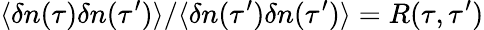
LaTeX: {\langle\delta n(\tau)\delta n(\tau^{\prime})\rangle}/{\langle\delta n(\tau^{\prime})\delta n(\tau^{\prime})\rangle}=R(\tau,\tau^{\prime})